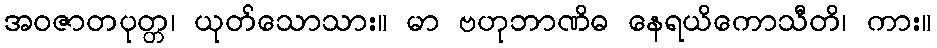
အဝဇာတပုတ္တ၊ ယုတ်သောသား။ မာ ဗဟုဘာဏိဓ နေရယိကောသီတိ၊ ကား။